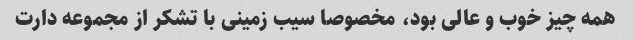
همه چیز خوب و عالی بود، مخصوصا سیب زمینی با تشکر از مجموعه دارت